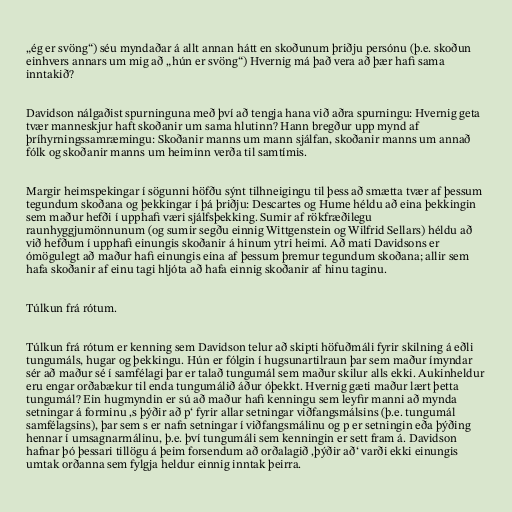
„ég er svöng“) séu myndaðar á allt annan hátt en skoðunum þriðju persónu (þ.e. skoðun
einhvers annars um mig að „hún er svöng“) Hvernig má það vera að þær hafi sama
inntakið?

Davidson nálgaðist spurninguna með því að tengja hana við aðra spurningu: Hvernig geta
tvær manneskjur haft skoðanir um sama hlutinn? Hann bregður upp mynd af
þríhyrningssamræmingu: Skoðanir manns um mann sjálfan, skoðanir manns um annað
fólk og skoðanir manns um heiminn verða til samtímis.

Margir heimspekingar í sögunni höfðu sýnt tilhneigingu til þess að smætta tvær af þessum
tegundum skoðana og þekkingar í þá þriðju: Descartes og Hume héldu að eina þekkingin
sem maður hefði í upphafi væri sjálfsþekking. Sumir af rökfræðilegu
raunhyggjumönnunum (og sumir segðu einnig Wittgenstein og Wilfrid Sellars) héldu að
við hefðum í upphafi einungis skoðanir á hinum ytri heimi. Að mati Davidsons er
ómögulegt að maður hafi einungis eina af þessum þremur tegundum skoðana; allir sem
hafa skoðanir af einu tagi hljóta að hafa einnig skoðanir af hinu taginu.

Túlkun frá rótum.

Túlkun frá rótum er kenning sem Davidson telur að skipti höfuðmáli fyrir skilning á eðli
tungumáls, hugar og þekkingu. Hún er fólgin í hugsunartilraun þar sem maður ímyndar
sér að maður sé í samfélagi þar er talað tungumál sem maður skilur alls ekki. Aukinheldur
eru engar orðabækur til enda tungumálið áður óþekkt. Hvernig gæti maður lært þetta
tungumál? Ein hugmyndin er sú að maður hafi kenningu sem leyfir manni að mynda
setningar á forminu ‚s þýðir að p‘ fyrir allar setningar viðfangsmálsins (þ.e. tungumál
samfélagsins), þar sem s er nafn setningar í viðfangsmálinu og p er setningin eða þýðing
hennar í umsagnarmálinu, þ.e. því tungumáli sem kenningin er sett fram á. Davidson
hafnar þó þessari tillögu á þeim forsendum að orðalagið ‚þýðir að‘ varði ekki einungis
umtak orðanna sem fylgja heldur einnig inntak þeirra.